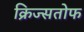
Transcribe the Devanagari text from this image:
क्रिज्सतोफ